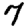
Digit: 7